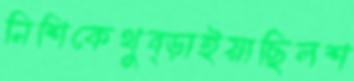
নিশিকেথুব্‌ড়াইয়াছিলশ